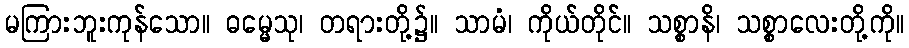
မကြားဘူးကုန်သော။ ဓမ္မေသု၊ တရားတို့၌။ သာမံ၊ ကိုယ်တိုင်။ သစ္စာနိ၊ သစ္စာလေးတို့ကို။